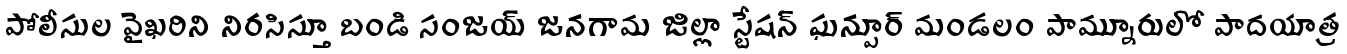
పోలీసుల వైఖరిని నిరసిస్తూ బండి సంజయ్ జనగామ జిల్లా స్టేషన్ ఘన్పూర్ మండలం పామ్నూరులో పాదయాత్ర